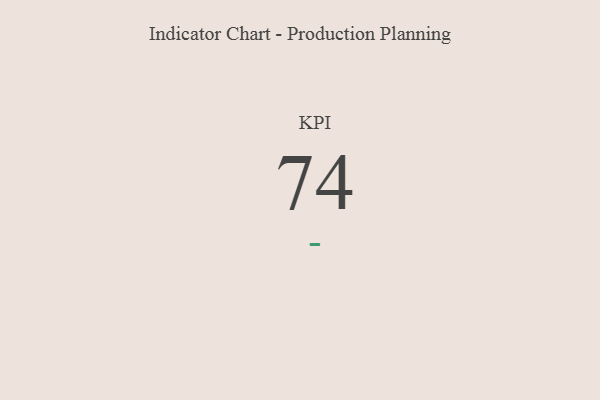
{"axis": {"x": "KPI", "y": "Value"}, "legend": [""], "data": [{"x": "KPI", "y": 74, "type": ""}]}